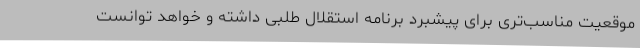
موقعیت مناسب‌تری برای پیشبرد برنامه استقلال طلبی داشته و خواهد توانست